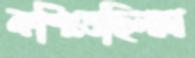
কশিতেছিলাম